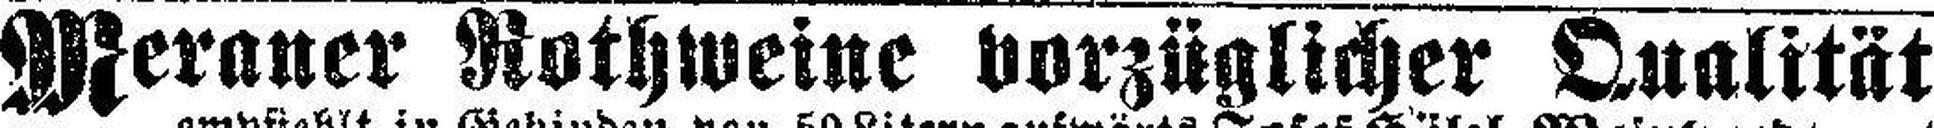
Meraner Rothweine vorzüglicher Qualität